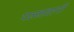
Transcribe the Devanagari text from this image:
पल्लवानी